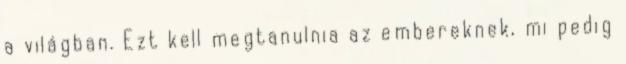
a világban. Ezt kell megtanulnia az embereknek, mi pedig